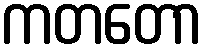
ကတတော